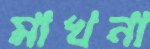
মাখনা